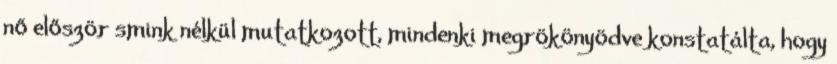
nő először smink nélkül mutatkozott, mindenki megrökönyödve konstatálta, hogy